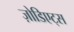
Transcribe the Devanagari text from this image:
ज़ोडिएट्स